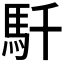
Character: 𩡴